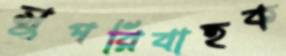
সুপরিবাহক